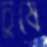
চুষে